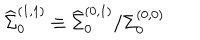
LaTeX: { \widehat \Sigma } _ { 0 } ^ { ( 1 , 1 ) } \equiv { { \widehat \Sigma } _ { 0 } ^ { ( 0 , 1 ) } } / { { \Sigma } _ { 0 } ^ { ( 0 , 0 ) } }